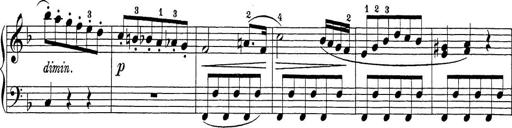
Title: Sonatina Album
Composer: Louis KÃ¶hler